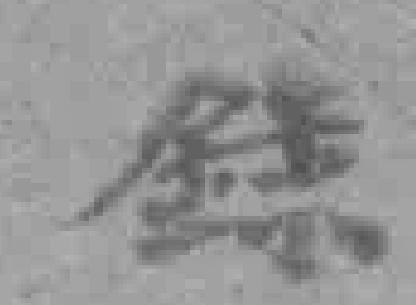
錄